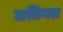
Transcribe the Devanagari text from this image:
जतिगत